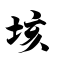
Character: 垓